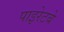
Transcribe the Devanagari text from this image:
पाइरेटबे